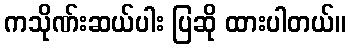
ကသိုဏ်းဆယ်ပါး ပြဆို ထားပါတယ်။